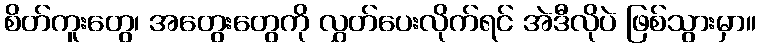
စိတ်ကူးတွေ၊ အတွေးတွေကို လွှတ်ပေးလိုက်ရင် အဲဒီလိုပဲ ဖြစ်သွားမှာ။